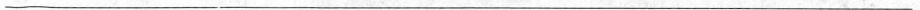
___